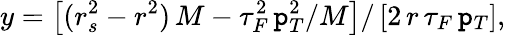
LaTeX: y=\left[(r_{s}^{2}-r^{2})\, M-\tau_{F}^{2}\, \mathtt{p}_{T}^{2}/M\right]/\left[2\, r\, \tau_{F}\, \mathtt{p}_{T}\right],